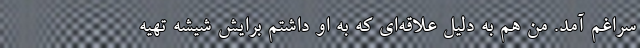
سراغم آمد. من هم به دلیل علاقه‌ای که به او داشتم برایش شیشه تهیه